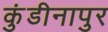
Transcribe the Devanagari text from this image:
कुंडीनापुर